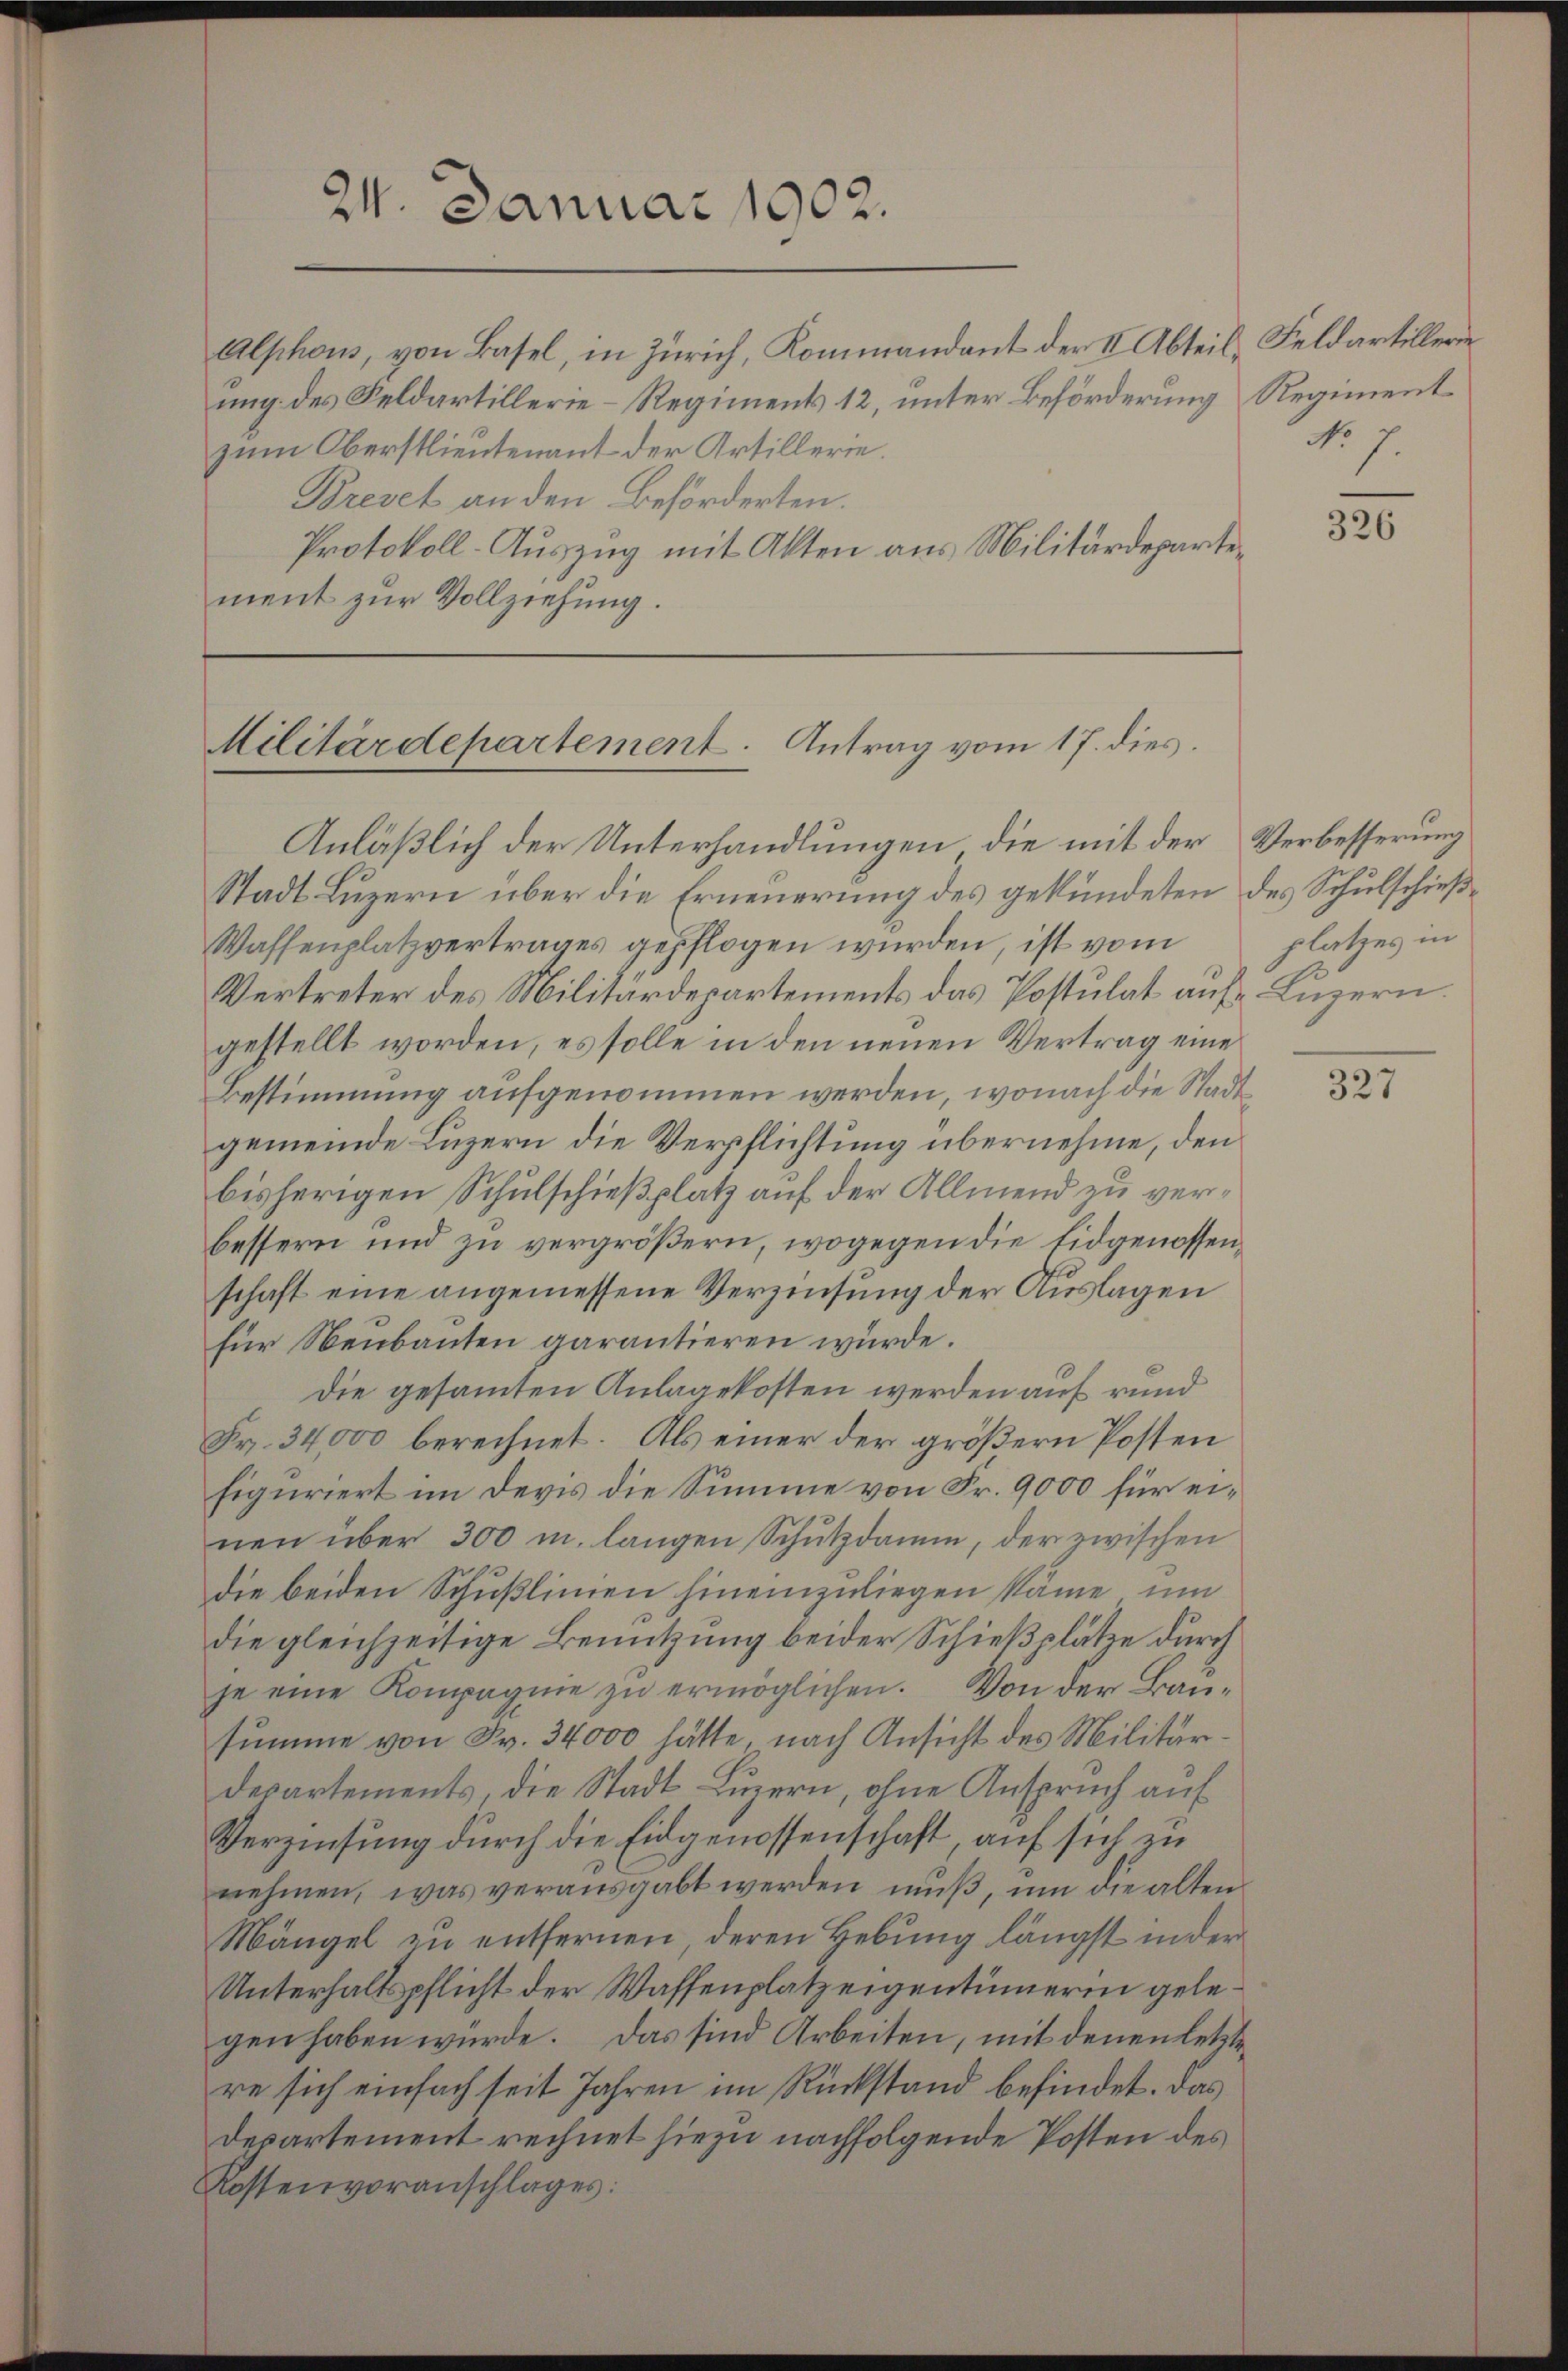
24. Januar 1902.

Alphons, von Basel, in Zürich, Kommandant der II. Abteil, Feldartillerin
ung des Feldartillerie-Regiments 12, unter Beförderung Regimentzum Oberstlieutenant der Artillerie.
Brevet an den Beförderten.
Protokoll-Auszug mit Akten aus Militärdepartement zur Vollziehung.

Militärdepartement. Antrag vom 17. dies

Anläßlich der Unterhandlungen die mit der Verbesserung
Stadt Luzern über die Erneuerung des gekündeten des Schulschieß¬
Waffenplatzvertrages gepflogen wurden, ist vom
Vertreter des Militärdepartements das Postulat auf Luzern.
gestellt worden, es solle in den neuen Vertrag eine
Bestimmung aufgenommen werden, wonach die Stadtgemeinde Luzern die Verpflichtung übernehme, den
bisherigen Schulschießplatz auf der Allmend zu verbessern und zu vergrößern, wogegen die Eidgenossenschaft eine angemessene Verzinsung der Auslagen
für Neubauten garantieren würde.
die gesammten Anlagekosten werden auf rund
Fr. 34,000 berechnet. Als einer der größern Posten
figuriert im Devis die Summe von Fr. 9000 für einen über 300 m. langen Schutzdamm, der zwischen
die beiden Schußlinien hineinzuliegen käme, um
die gleichzeitige Benutzung beider Schießplätze durch
je eine Kompagnie zŭ ermöglichen. Von der Bausumme von Fr. 34000 hätte, nach Ansicht des Militär
departements, die Stadt Luzern, ohne Anspruch auf
Verzinsung durch die Eidgenossenschaft, auf sich zu
nehmen, was verausgabt werden muß, um die alten
Mängel zu entfernen, deren Hebung längst in der
Unterhaltspflicht der Waffenplatz eigentümerin gelegen haben würde. Das sind Arbeiten, mit denen letzte
re sich einfach seit Jahren im Rückstand befindet. Das
Departement rechnet hiezu nachfolgende Posten des
Rossenvoranschlages:

No 7.

326

platzes in

327